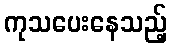
ကုသပေးနေသည့်